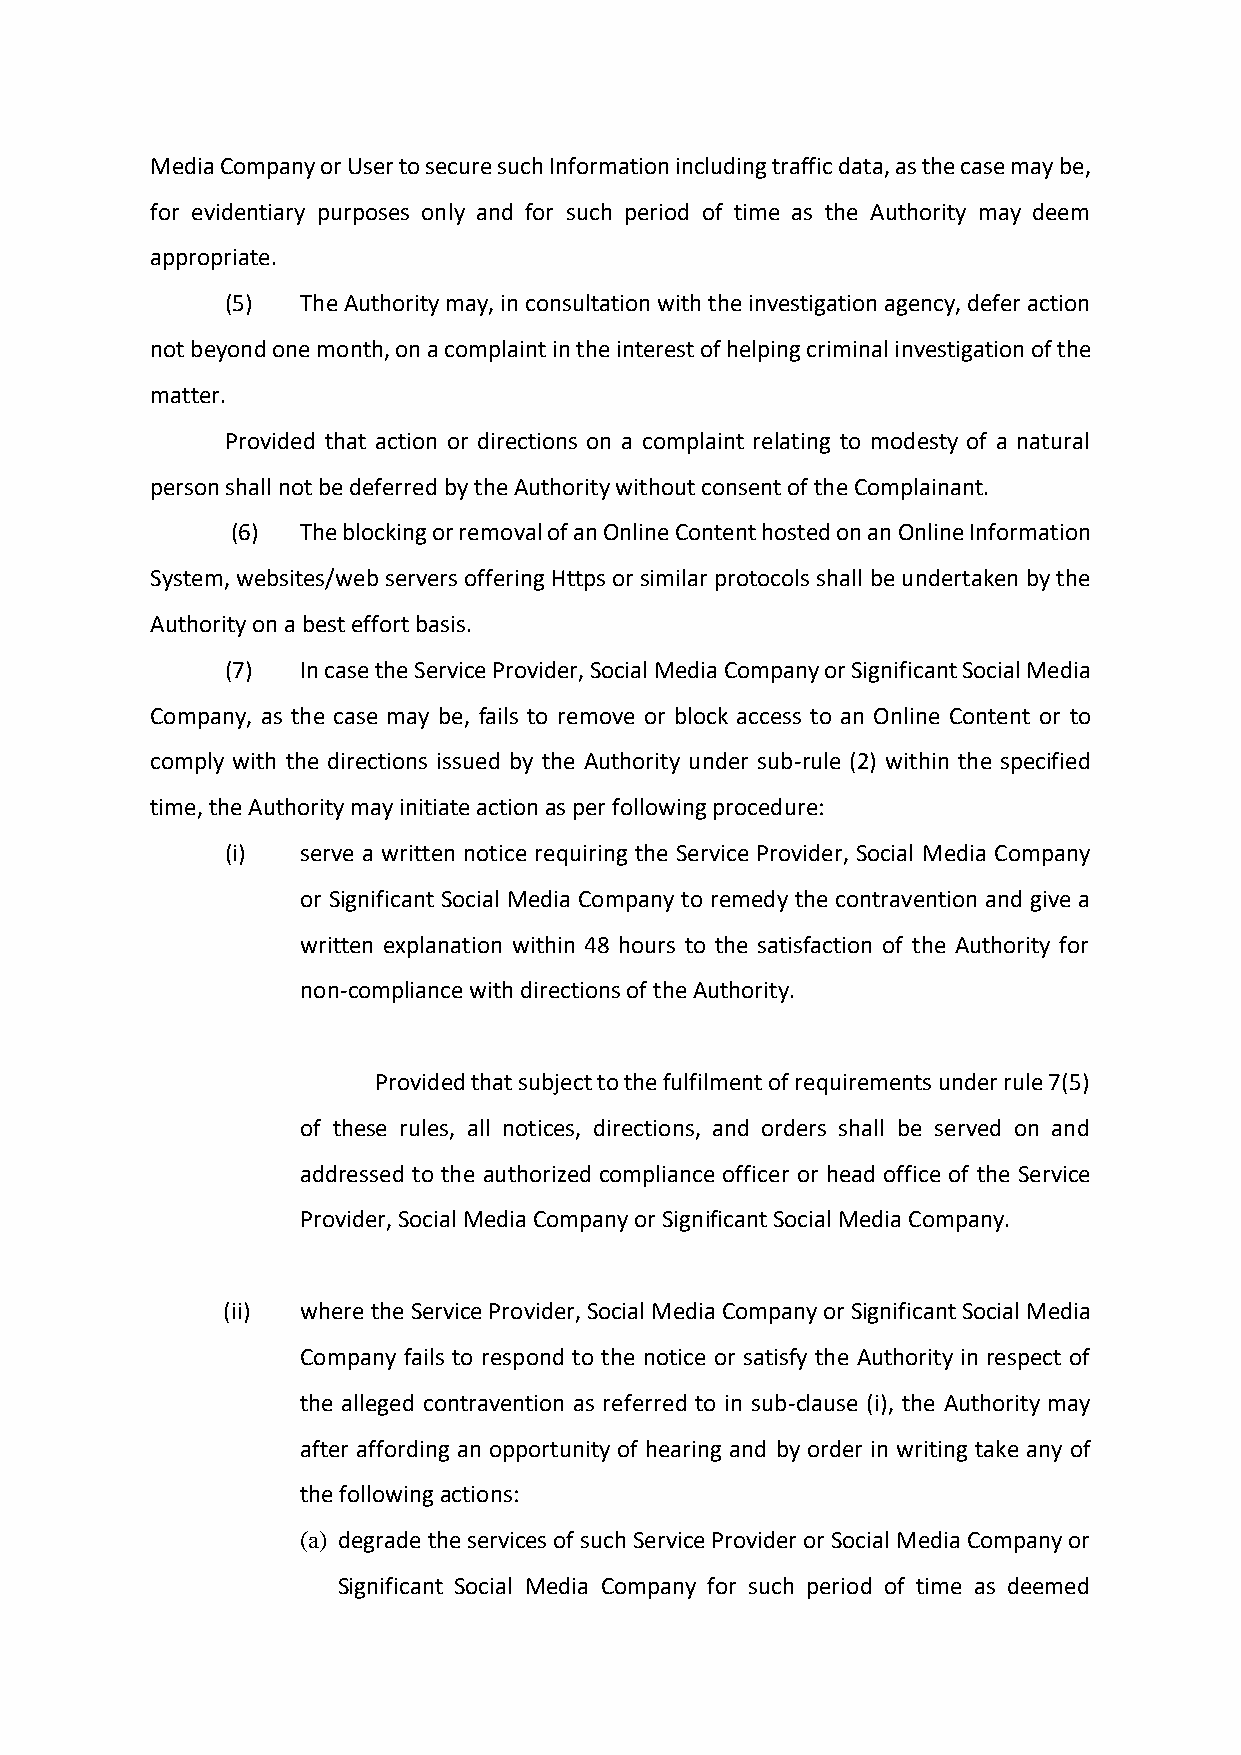
Media Company or User to secure such Information including traffic data, as the case may be,
 for evidentiary purposes only and for such period of time as the Authority may deem
 appropriate.
 (5)  The Authority may, in consultation with the investigation agency, defer action
 not beyond one month, on a complaint in the interest of helping criminal investigation of the
 matter.
 Provided that action or directions on a complaint relating to modesty of a natural
 person shall not be deferred by the Authority without consent of the Complainant.
 (6)  The blocking or removal of an Online Content hosted on an Online Information
 System, websites/web servers offering Https or similar protocols shall be undertaken by the
 Authority on a best effort basis.
 (7)  In case the Service Provider, Social Media Company or Significant Social Media
 Company, as the case may be, fails to remove or block access to an Online Content or to
 comply with the directions issued by the Authority under sub-rule (2) within the specified
 time, the Authority may initiate action as per following procedure:
 (i)  serve a written notice requiring the Service Provider, Social Media Company
 or Significant Social Media Company to remedy the contravention and give a
 written explanation within 48 hours to the satisfaction of the Authority for
 non-compliance with directions of the Authority.
 Provided that subject to the fulfilment of requirements under rule 7(5)
 of these rules, all notices, directions, and orders shall be served on and
 addressed to the authorized compliance officer or head office of the Service
 Provider, Social Media Company or Significant Social Media Company.
 (ii) where the Service Provider, Social Media Company or Significant Social Media
 Company fails to respond to the notice or satisfy the Authority in respect of
 the alleged contravention as referred to in sub-clause (i), the Authority may
 after affording an opportunity of hearing and by order in writing take any of
 the following actions:
 (a) degrade the services of such Service Provider or Social Media Company or
 Significant Social Media Company for such period of time as deemed